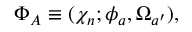
\Phi _ { A } \equiv ( \chi _ { n } ; \phi _ { a } , \Omega _ { a ^ { \prime } } ) ,